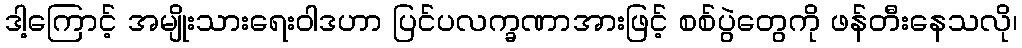
ဒါ့ကြောင့် အမျိုးသားရေးဝါဒဟာ ပြင်ပလက္ခဏာအားဖြင့် စစ်ပွဲတွေကို ဖန်တီးနေသလို၊